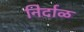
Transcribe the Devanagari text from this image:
निर्दाळ